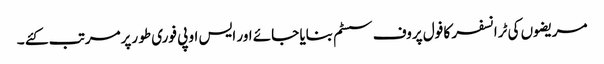
مریضوں کی ٹرانسفر کا فول پروف سسٹم بنایا جائے اور ایس او پی فوری طو رپرمرتب کئے ۔